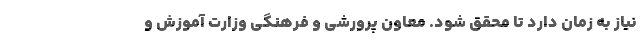
نیاز به زمان دارد تا محقق شود. معاون پرورشی و فرهنگی وزارت آموزش و